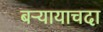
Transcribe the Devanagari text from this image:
बऱ्यायाचदा